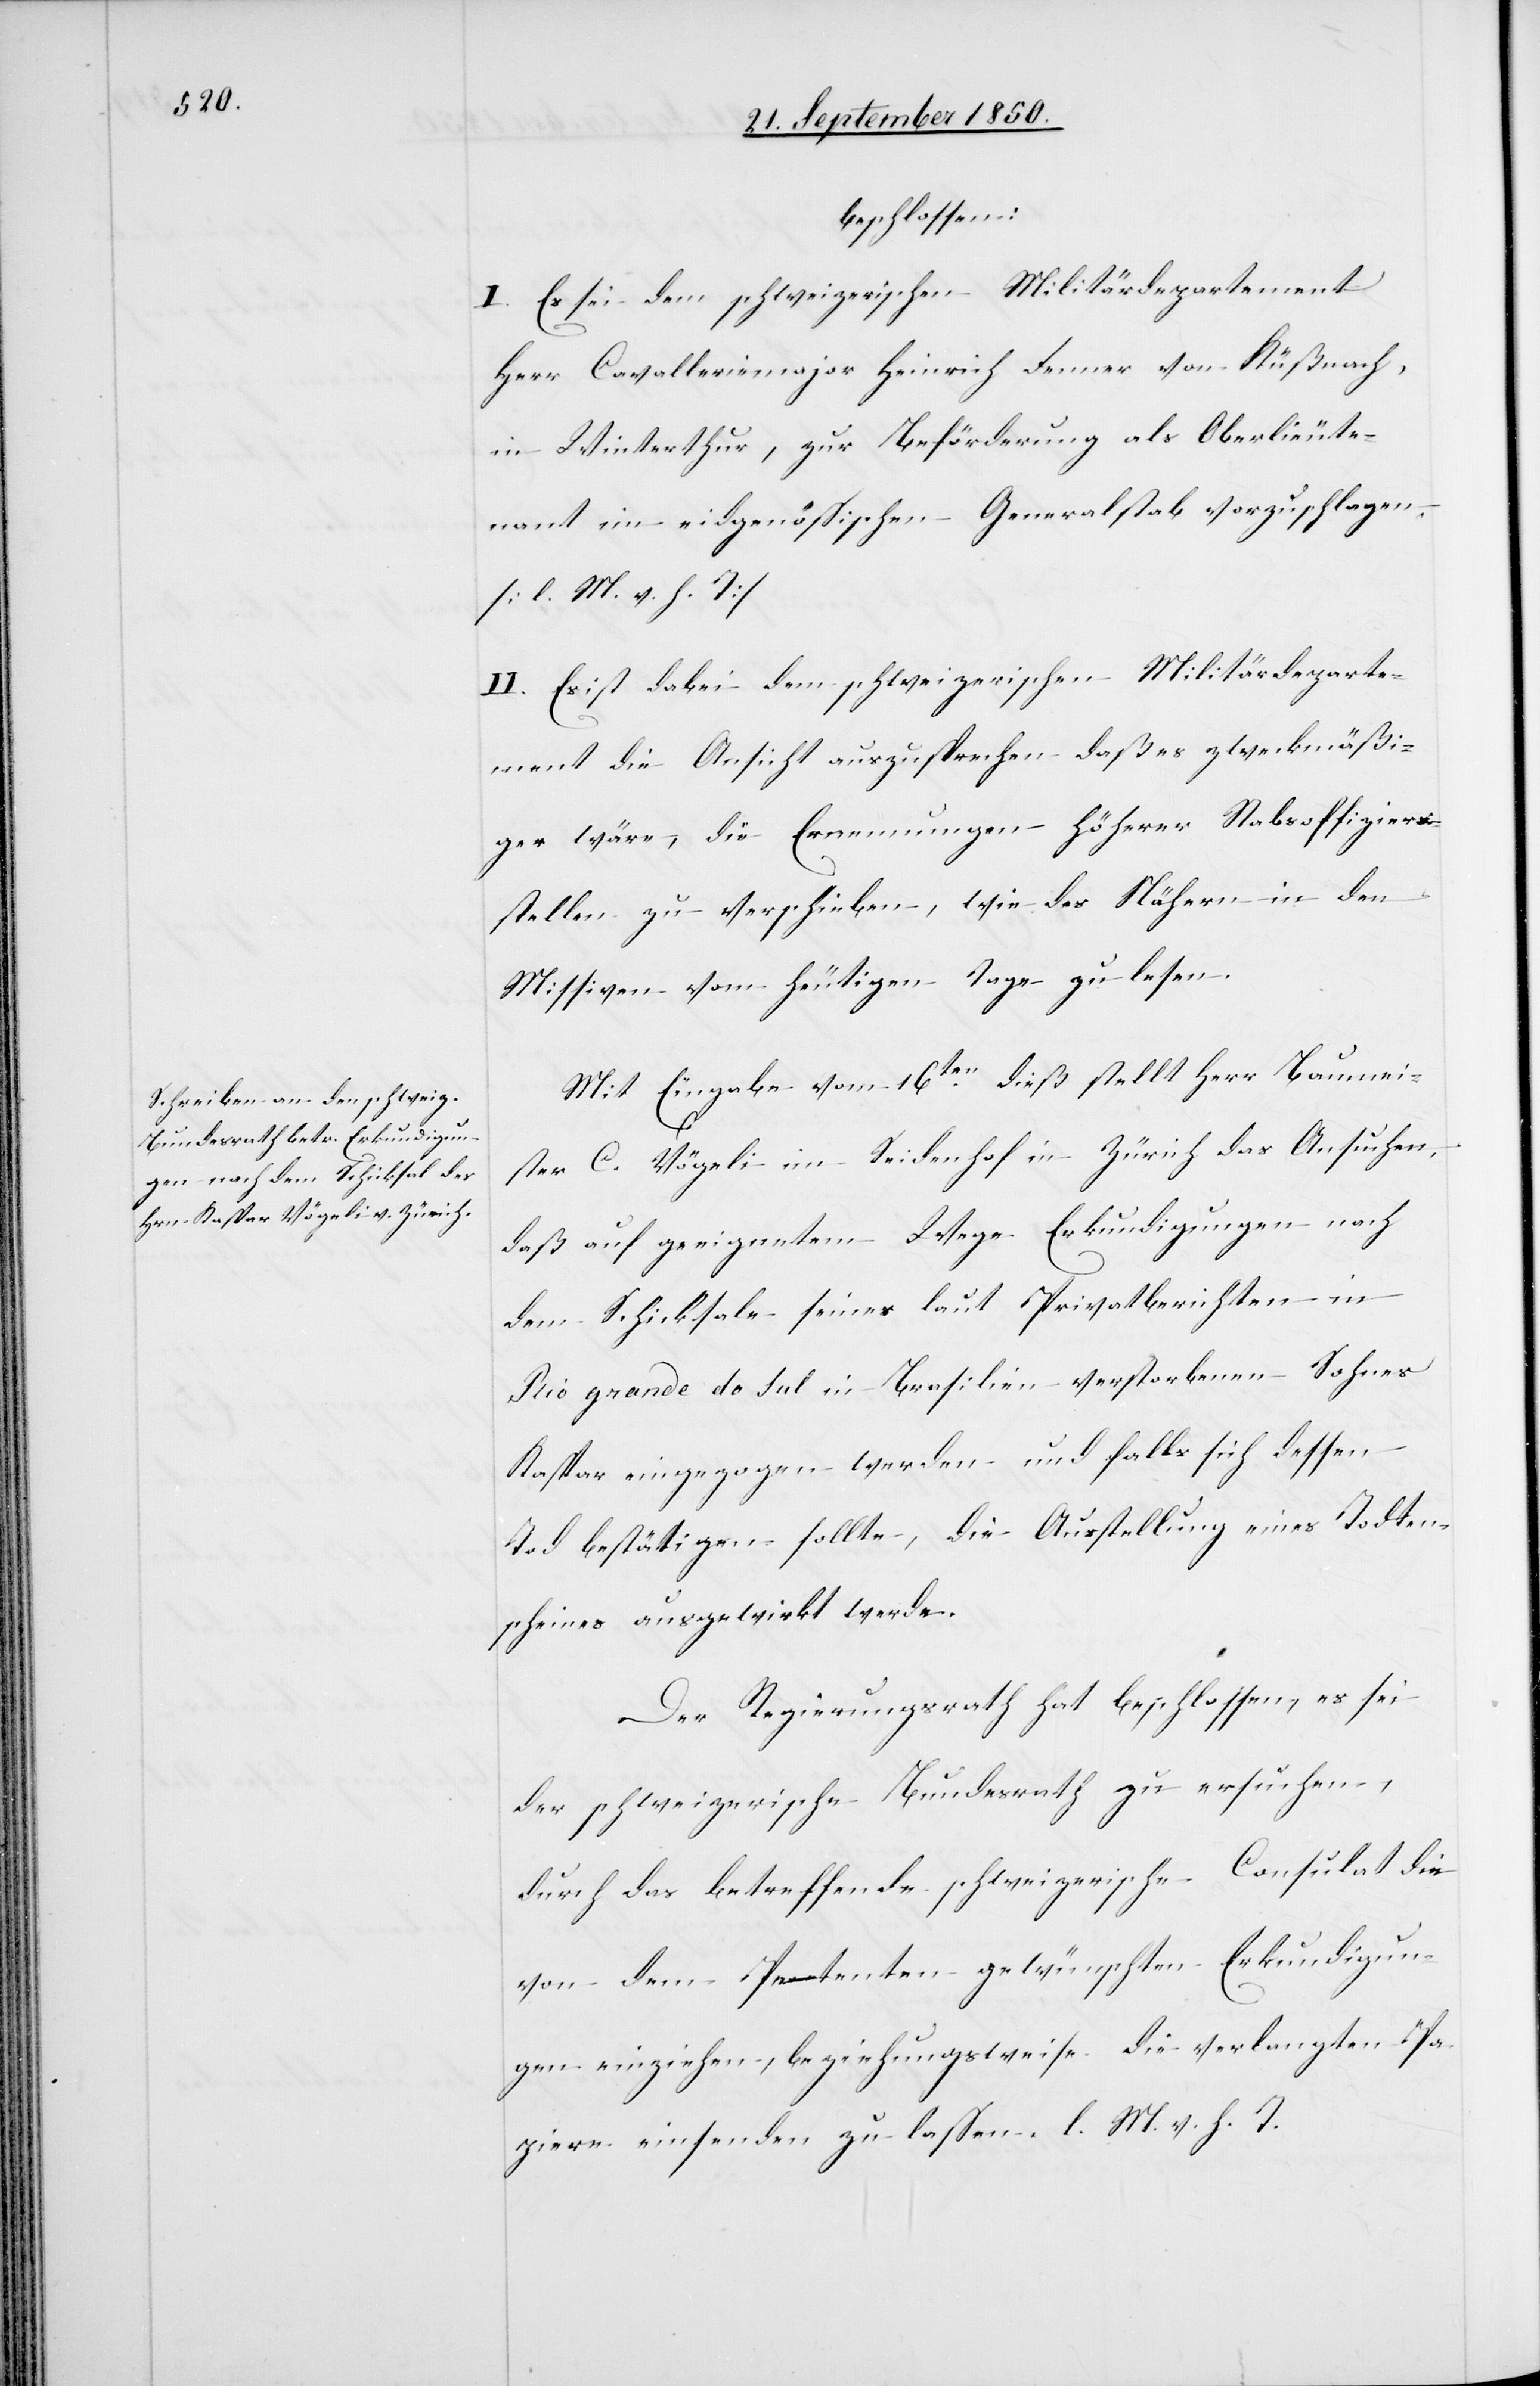
beschlossen:
II. Es sei dem schweizerischen Militärdepartement
Herr Cavalleriemajor Heinrich Fenner von Küßnach[t],
in Winterthur, zur Beförderung als Oberlieute¬
nant im eidgenössischen Generalstab vorzuschlagen.
[l. M. v. h. T]
die Ansicht auszusprechen daß es zweckmäßi¬
ger wäre, die Ernennungen höherer Stabsoffiziers¬
stellen zu verschieben, wie des Nähern in den
Missiven vom heutigen Tage zu lesen.
Mit Eingabe vom 16ten dieß stellt Herr Baumei¬
ster C. Vögeli im Seidenhof in Zürich das Ansuchen,
daß auf geeignetem Wege Erkundigungen nach
dem Schicksale seines laut Privatberichten in
Rio grande do Sul in Brasilien verstorbenen Sohnes
Kaspar eingezogen werden und falls sich dessen
Tod bestätigen sollte, die Ausstellung eines Todten¬
scheines ausgewirkt werde.
Der Regierungsrath hat beschlossen, es sei
der schweizerische Bundesrath zu ersuchen,
durch das betreffende schweizerische Consulat die
von dem Petenten gewünschten Erkundigun¬
gen einziehen, beziehungsweise die verlangten Pa¬
piere einsenden zu lassen. l. M. v. h. T.